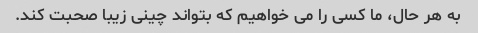
به هر حال، ما کسی را می خواهیم که بتواند چینی زیبا صحبت کند.